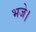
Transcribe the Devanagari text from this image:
भजे।